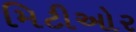
મિટીઓર